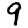
Digit: 9